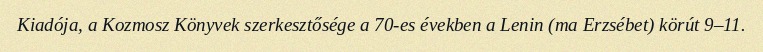
Kiadója, a Kozmosz Könyvek szerkesztősége a 70-es években a Lenin (ma Erzsébet) körút 9–11.